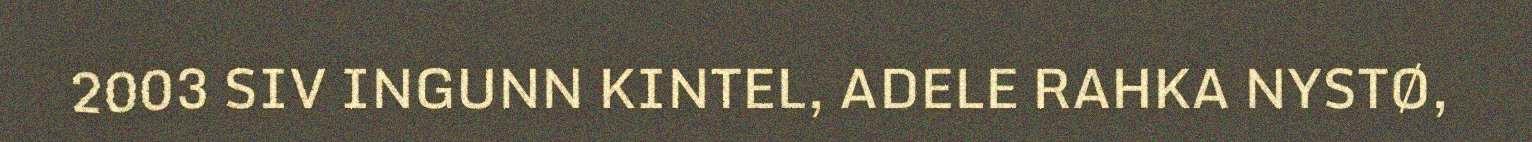
2003 SIV INGUNN KINTEL, ADELE RAHKA NYSTØ,